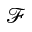
\mathcal F